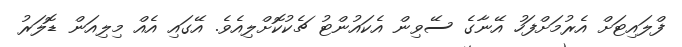
ފްލައިޓަށް އެރުމަށްފަހު އޭނާގެ ސޭވިން އެކައުންޓު ޗެކުކޮށްލިއެވެ. އޭގައި އެއް މިލިއަން ޑޮލަރު